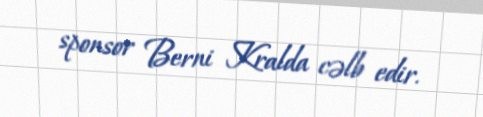
sponsor Berni Kralda cəlb edir.